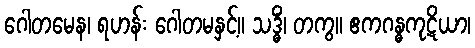
ဂေါတမေန၊ ရဟန်း ဂေါတမနှင့်။ သဒ္ဓိံ၊ တကွ။ ဧကဂန္ဓကုဋိယာ၊